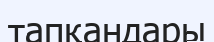
тапқандары